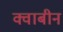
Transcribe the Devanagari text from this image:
क्वाबीन